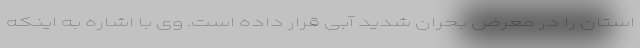
استان را در معرض بحران شدید آبی قرار داده است. وی با اشاره به اینکه